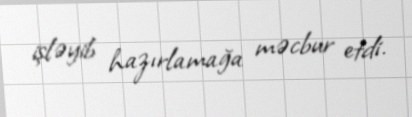
işləyib hazırlamağa məcbur etdi.